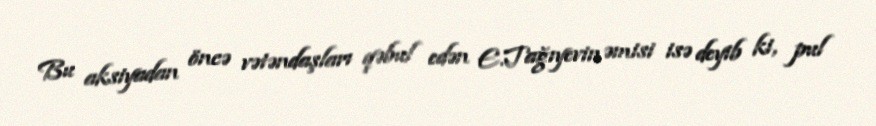
Bu aksiyadan öncə vətəndaşları qəbul edən E.Tağıyevin əmisi isə deyib ki, pul